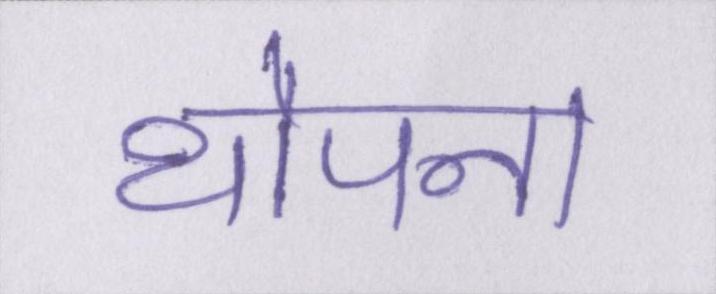
थोपना